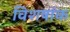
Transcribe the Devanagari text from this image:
विशषांक